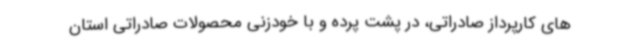
های کارپرداز صادراتی، در پشت پرده و با خودزنی محصولات صادراتی استان